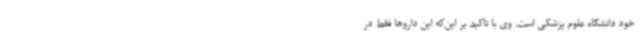
خود دانشگاه علوم پزشکی است. وی با تاکید بر این‌که این داروها فقط در